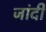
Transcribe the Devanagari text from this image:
जांदी